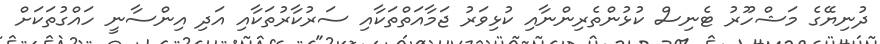
ދުނިޔޭގެ މަޝްހޫރު ޓެނިސް ކުޅުންތެރިންނާއި ކުޅިވަރު ޖަމާއަތްތަކާއި ސަރުކާރުތަކާއި އަދި އިންސާނީ ހައްގުތަކަށް